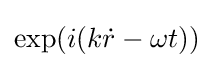
\exp(i(k{\dot {r}}-\omega t))